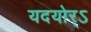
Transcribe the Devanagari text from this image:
यदयोर्ऽ